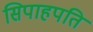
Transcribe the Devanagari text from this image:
सिपाहपति